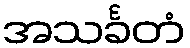
အသင်္ခတံ